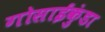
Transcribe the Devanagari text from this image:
गोसाईकुंडा